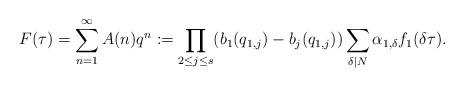
LaTeX: \begin{align*} F(\tau)=\sum_{n=1}^{\infty}A(n)q^{n}:=\prod_{2 \le j \le s} (b_{1}(q_{1,j})-b_{j}(q_{1,j})) \sum_{\delta|N}\alpha_{1,\delta}f_{1}(\delta \tau).\end{align*}